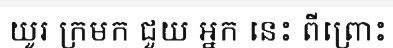
យូរ ក្រមក ជួយ អ្នក នេះ ពីព្រោះ